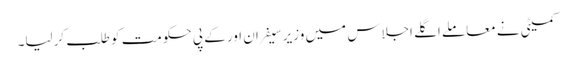
کمیٹی نے معاملے اگلے اجلاس میں وزیر سیفران اور کے پی حکومت کو طلب کرلیا۔